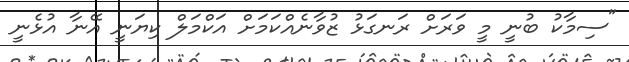
"ސިމާކު ބުނީ މީ ވަރަށް ރަނގަޅު ޒުވާނެއްކަމަށް އަކްމަލް ކިޔަނީ އޭނާ އުޅެނީ